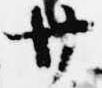
廿